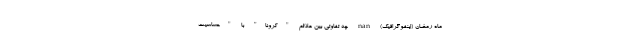
ماه رمضان (اینفوگرافیک) nan چه تفاوتی بین علائم "کرونا" با "حساسیت